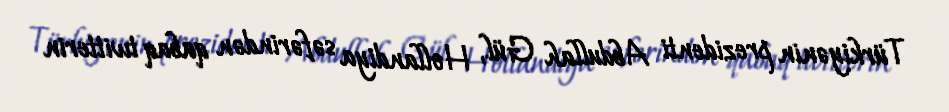
Türkiyənin prezidenti Abdullah Gül, Hollandiya səfərindən qabaq twitterin